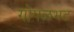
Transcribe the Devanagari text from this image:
गोपळभट